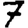
Digit: 7